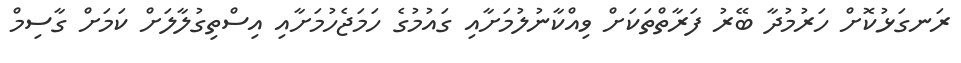
ރަނގަޅުކޮށް ހަރުމުދާ ބޭރު ފަރާތްތަކަށް ވިއްކާނުލުމަށާއި ގައުމުގެ ހަމަޖެހުމަށާއި އިސްތިގުލާލަށް ކަމަށް ގާސިމް